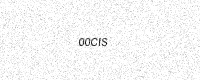
Text: 00CIS